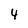
Character: 4